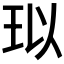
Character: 𤤳